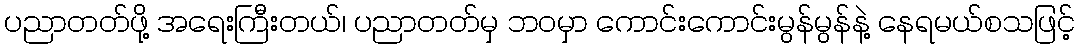
ပညာတတ်ဖို့ အရေးကြီးတယ်၊ ပညာတတ်မှ ဘဝမှာ ကောင်းကောင်းမွန်မွန်နဲ့ နေရမယ်စသဖြင့်